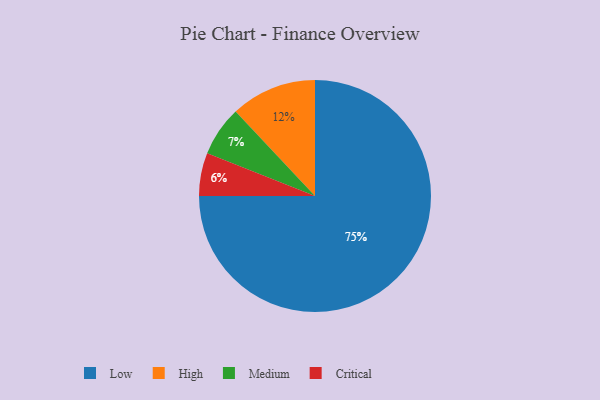
{"axis": {"x": "Category", "y": "Percentage"}, "legend": ["Critical", "High", "Low", "Medium"], "data": [{"x": "Medium", "y": 7, "type": "Medium"}, {"x": "Critical", "y": 6, "type": "Critical"}, {"x": "Low", "y": 75, "type": "Low"}, {"x": "High", "y": 12, "type": "High"}]}